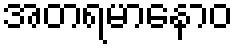
အတရမာနောဝ